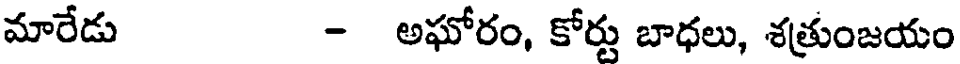
మారేడు - అఘోరం, కోర్టు బాధలు, శత్రుంజయం